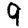
Digit: 9